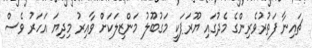
ޗައިނާ ފަތުރުވެރިންގެ މެދުގައި ޔޫރަޕަކީ މަގުބޫލު މަންޒިލަކަށް ވާއިރު މިދިޔަ އަހަރު ވެސް